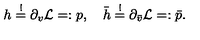
h \stackrel { ! } { = } \partial _ { v } { \cal L } = : p , \quad \bar { h } \stackrel { ! } { = } \partial _ { \bar { v } } { \cal L } = : \bar { p } .